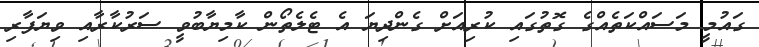
ގައުމީ މަސައްކަތެއްގެ ގޮތުގައި ކުރިއަށް ގެންދިޔަ އެ ޓެލެތޯން ކާމިޔާބުވީ ސަރުކާރާއި ވިޔަފާރި